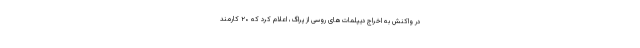
در واکنش به اخراج دیپلمات‌های روسی از پراگ، اعلام کرد که ۲۰ کارمند